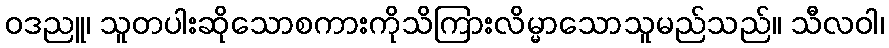
ဝဒညူ၊ သူတပါးဆိုသောစကားကိုသိကြားလိမ္မာသောသူမည်သည်။ သီလဝါ၊